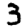
Digit: 3